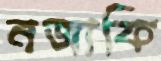
নজাফি